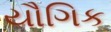
યૌગિક